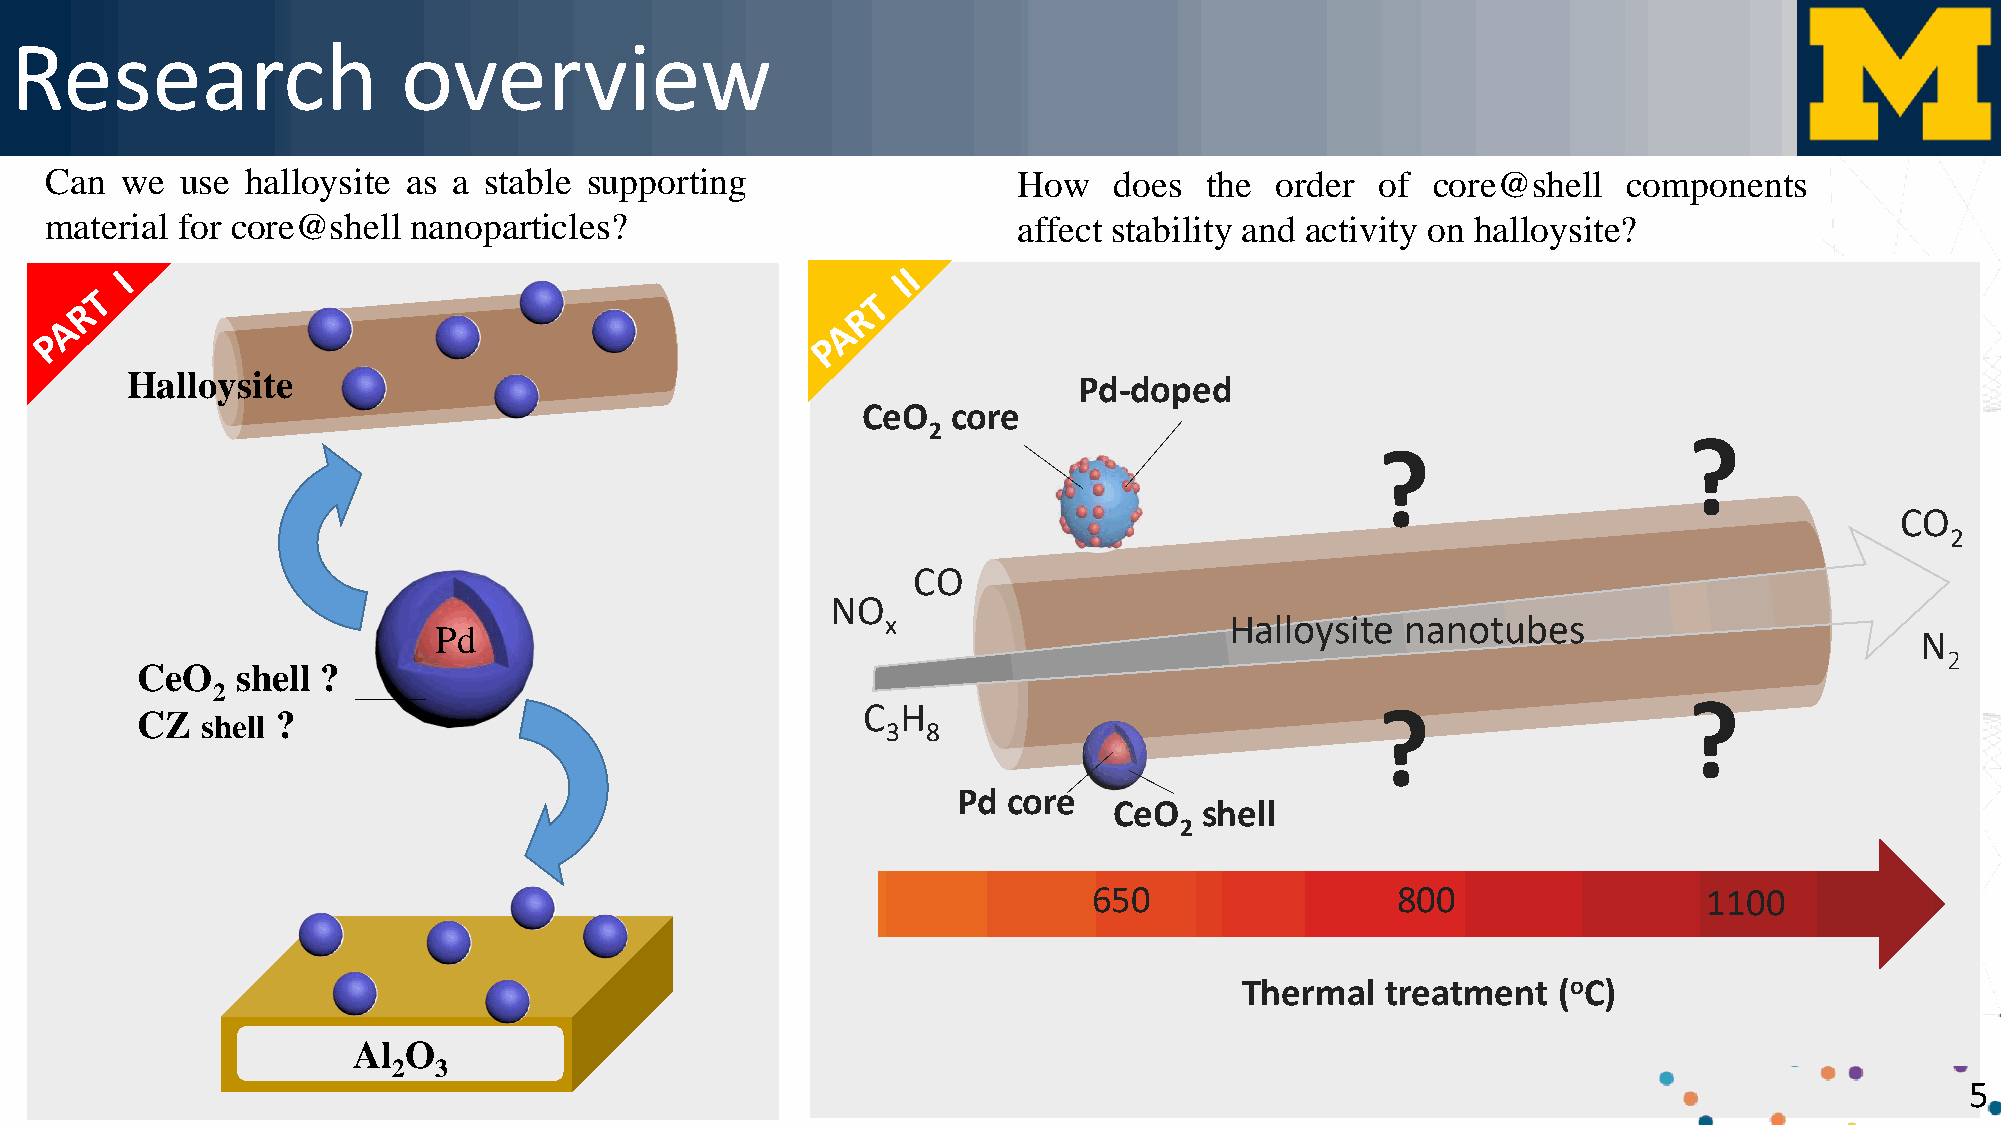
Research                  overview
 Can  we  use halloysite as a stable supporting                  How    does  the order  of  core@shell   components
 material for core@shell nanoparticles?                          affect stability and activity on halloysite?
 Halloysite                                                     Pd-doped
 CeO   core
 2
 ?
 ?
 CO
 2
 CO
 NO
 x                     Halloysite  nanotubes
 Pd                                                                                                N
 2
 CeO    shell ?
 2
 ?
 CZ  shell ?                                     C  H                              ?
 3 8
 Pd  core
 CeO   shell
 2
 650                 800                  1100
 Thermal   treatment  (oC)
 Al  O
 2  3
 5